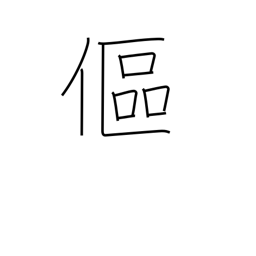
Meaning: bend over